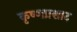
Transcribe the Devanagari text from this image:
कृष्णप्रशाद